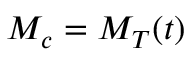
M _ { c } = M _ { T } ( t )